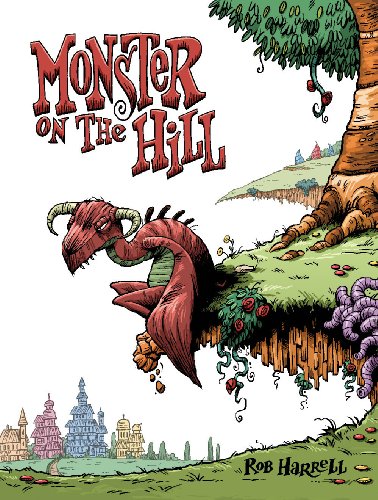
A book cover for Monster on the Hill; Rob Harrell; Comics & Graphic Novels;